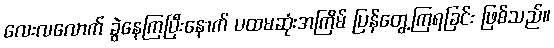
လေးလလောက် ခွဲနေကြပြီးနောက် ပထမဆုံးအကြိမ် ပြန်တွေ့ကြရခြင်း ဖြစ်သည်။